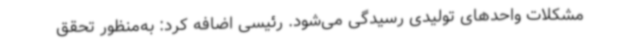
مشکلات واحدهای تولیدی رسیدگی می‌شود. رئیسی اضافه کرد: به‌منظور تحقق